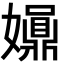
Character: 𡤀